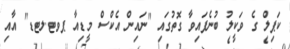
ކަޕިލް ގެ ވަކީލު ބުނެފައިވާ ގޮތުގައި "ނައިން އެކްސް މީޑިއާ ޕވޓ.ލޓޑ" އާއި